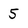
Character: 5